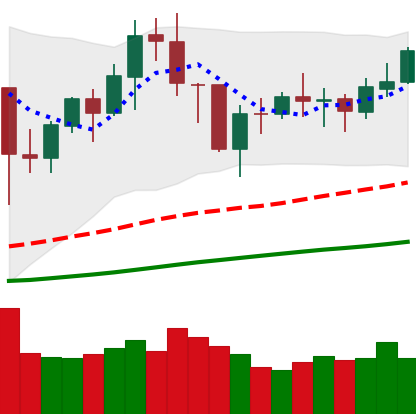
Ticker: BNB-USD
Chart end date: 2021-01-30
Forward return: 24.91%
Label: up_7plus